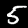
Label: 5